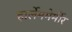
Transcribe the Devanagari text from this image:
हार्लेममेर्मीर